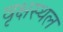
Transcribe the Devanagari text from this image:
वृक्षस्थल